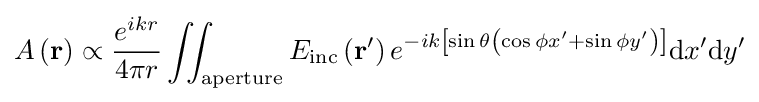
A\left(\mathbf {r} \right)\propto {\frac {e^{ikr}}{4\pi r}}\iint _{\mathrm {aperture} }E_{\mathrm {inc} }\left(\mathbf {r} '\right)e^{-ik\left[\sin \theta \left(\cos \phi x'+\sin \phi y'\right)\right]}\mathrm {d} x'\mathrm {d} y'